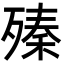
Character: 殝